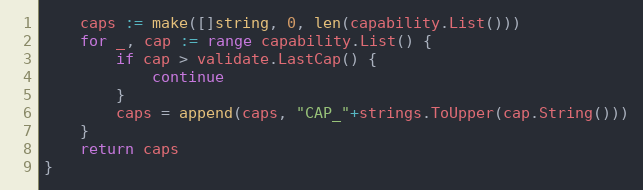
Language: Go
	caps := make([]string, 0, len(capability.List()))
	for _, cap := range capability.List() {
		if cap > validate.LastCap() {
			continue
		}
		caps = append(caps, "CAP_"+strings.ToUpper(cap.String()))
	}
	return caps
}